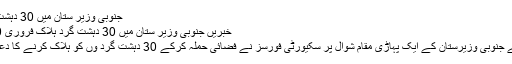
جنوبی وزیر ستان میں 30 دہشت گرد ہلاک
خبریں جنوبی وزیر ستان میں 30 دہشت گرد ہلاک فروری 20, 2010
قبائلی علاقے جنوبی وزیرستان کے ایک پہاڑی مقام شوال پر سکیورٹی فورسز نے فضائی حملہ کرکے 30 دہشت گرد وں کو ہلاک کرنے کا دعویٰ کیا ہے۔